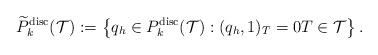
\begin{align*}\widetilde{P}_{k}^{\mathrm{disc}}(\mathcal{T}):=\left\{q_h\in {P}_{k}^{\mathrm{disc}}(\mathcal{T}): (q_h, 1)_T=0 T\in\mathcal{T}\right\}.\end{align*}